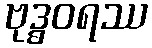
ဗုဒ္ဓဝရဿ